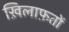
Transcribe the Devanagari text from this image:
ख़िलाफ़तों